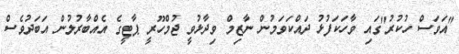
"އަަވަސް ހުކުރު"ގައި ވާހަކަފުޅު ދައްކަވަމުން ނާޒިމް ވިދާޅުވީ ޖުމްހޫރީ ޕާޓީގެ އެއްބާރުލުން އަބަދުވެސް